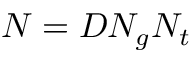
N = D N _ { g } N _ { t }